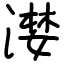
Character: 漤